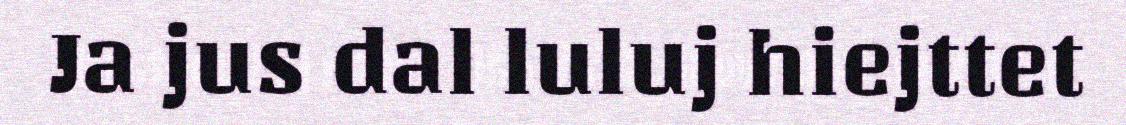
Ja jus dal luluj hiejttet